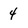
Character: 4